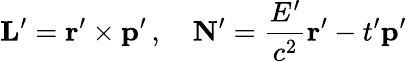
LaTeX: \mathbf{L}^{\prime}=\mathbf{r}^{\prime}\times\mathbf{p}^{\prime}\, ,\quad\mathbf{N}^{\prime}={\frac{E^{\prime}}{c^{2}}}\mathbf{r}^{\prime}-t^{\prime}\mathbf{p}^{\prime}